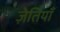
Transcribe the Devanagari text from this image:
ज़ेतियाँ